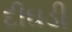
દીઘડી